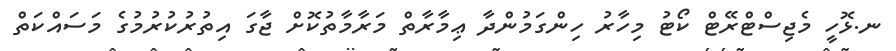
ނ.ޅޮހީ މެޖިސްޓްރޭޓް ކޯޓު މިހާރު ހިންގަމުންދާ ޢިމާރާތް މަރާމާތުކޮށް ޖާގަ އިތުރުކުރުމުގެ މަސައްކަތް